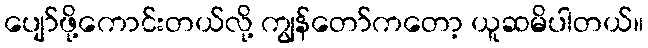
ပျော်ဖို့ကောင်းတယ်လို့ ကျွန်တော်ကတော့ ယူဆမိပါတယ်။